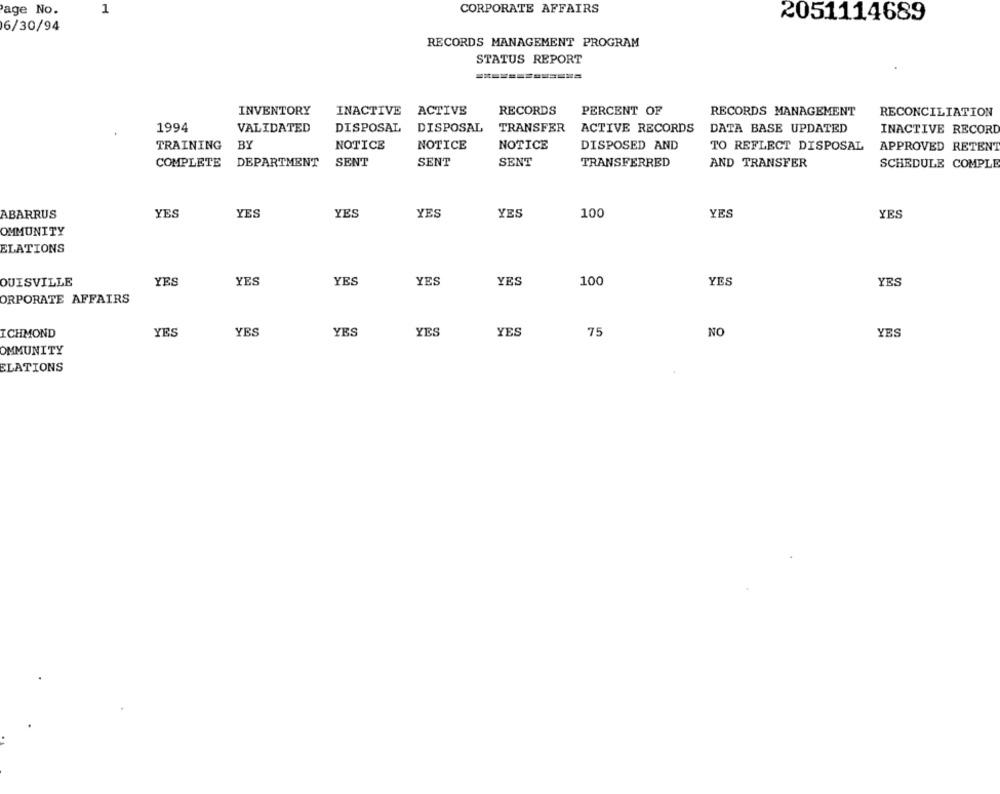
CORPORATE AFFAIRS
Page No.
1
2051114689
6/30/94
RECORDS MANAGEMENT PROGRAM
STATUS REPORT
INVENTORY
INACTIVE ACTIVE
RECORDS
PERCENT OF
RECORDS MANAGEMENT
RECONCILIATION
1994
VALIDATED
DISPOSAL
DISPOSAL
TRANSFER
ACTIVE RECORDS
DATA BASE UPDATED
INACTIVE RECORD
TRAINING BY
BY
NOTICE
NOTICE
NOTICE
DISPOSED AND
TO REFLECT DISPOSAL
APPROVED RETENT
COMPLETE DEPARTMENT
SENT
SENT
SENT
TRANSFERRED
AND TRANSFER
SCHEDULE COMPLE
ABARRUS
YES
YES
YES
YES
YES
100
YES
YES
OMMUNITY
ELATIONS
QUISVILLE
YES
YES
YES
YES
YES
100
YES
YES
ORPORATE AFFAIRS
ICHMOND
YES
YES
YES
YES
YES
75
NO
YES
OMMUNITY
ELATIONS